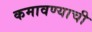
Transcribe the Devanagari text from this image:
कमावण्याची